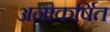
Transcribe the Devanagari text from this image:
अनाकर्षित